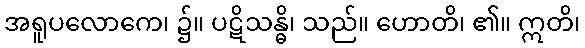
အရူပလောကေ၊ ၌။ ပဋိသန္ဓိ၊ သည်။ ဟောတိ၊ ၏။ ဣတိ၊